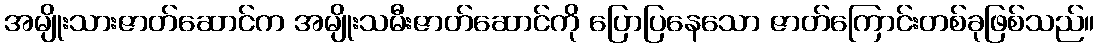
အမျိုးသားဇာတ်ဆောင်က အမျိုးသမီးဇာတ်ဆောင်ကို ပြောပြနေသော ဇာတ်ကြောင်းတစ်ခုဖြစ်သည်။